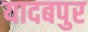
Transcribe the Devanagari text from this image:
यादबपुर